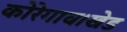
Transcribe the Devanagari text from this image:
कोरेगाव।खेड